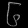
Digit: ၆